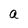
Character: a